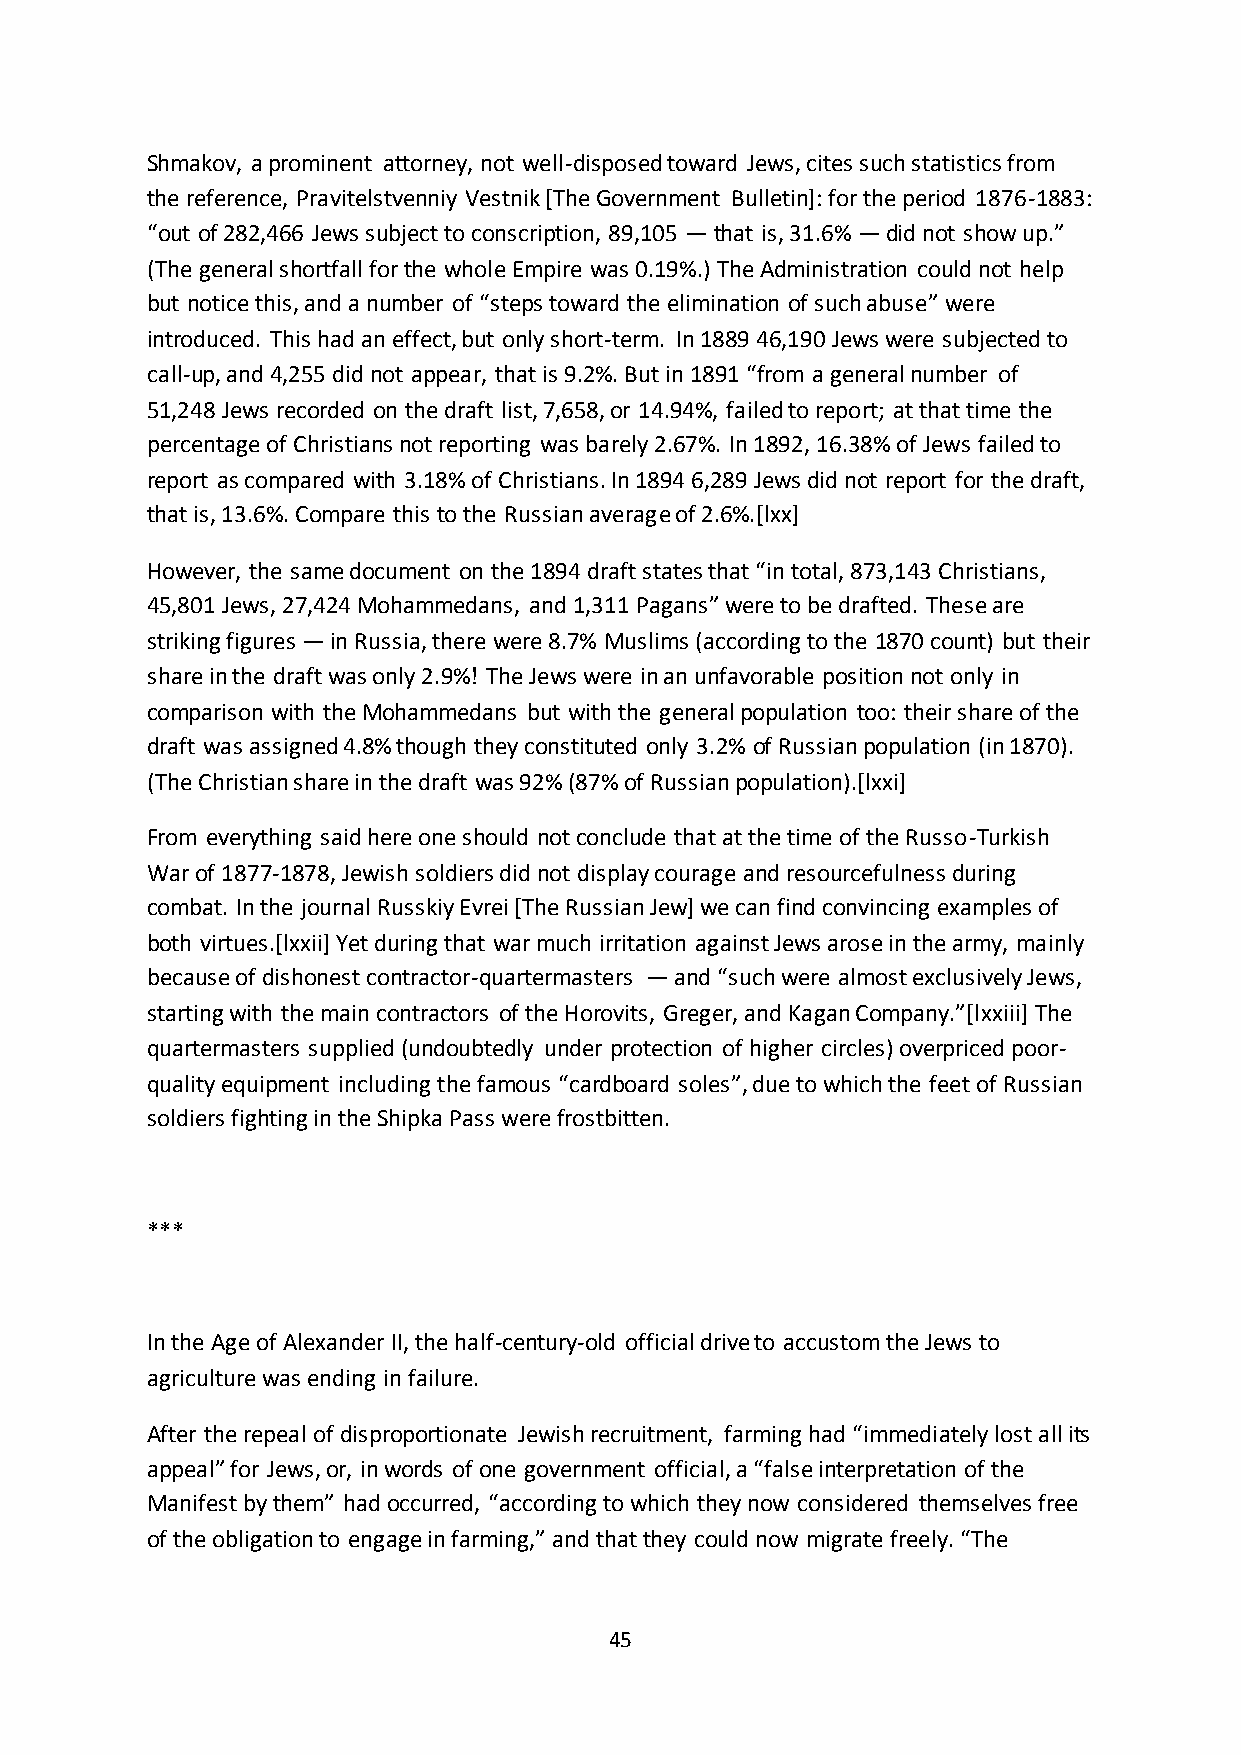
Shmakov, a prominent attorney, not well-disposed toward Jews, cites such statistics from
 the reference, Pravitelstvenniy Vestnik [The Government Bulletin]: for the period 1876-1883:
 “out of 282,466 Jews subject to conscription, 89,105 — that is, 31.6% — did not show up.”
 (The general shortfall for the whole Empire was 0.19%.) The Administration could not help
 but notice this, and a number of “steps toward the elimination of such abuse” were
 introduced. This had an effect, but only short-term. In 1889 46,190 Jews were subjected to
 call-up, and 4,255 did not appear, that is 9.2%. But in 1891 “from a general number of
 51,248 Jews recorded on the draft list, 7,658, or 14.94%, failed to report; at that time the
 percentage of Christians not reporting was barely 2.67%. In 1892, 16.38% of Jews failed to
 report as compared with 3.18% of Christians. In 1894 6,289 Jews did not report for the draft,
 that is, 13.6%. Compare this to the Russian average of 2.6%.[lxx]
 However, the same document on the 1894 draft states that “in total, 873,143 Christians,
 45,801 Jews, 27,424 Mohammedans, and 1,311 Pagans” were to be drafted. These are
 striking figures — in Russia, there were 8.7% Muslims (according to the 1870 count) but their
 share in the draft was only 2.9%! The Jews were in an unfavorable position not only in
 comparison with the Mohammedans but with the general population too: their share of the
 draft was assigned 4.8% though they constituted only 3.2% of Russian population (in 1870).
 (The Christian share in the draft was 92% (87% of Russian population).[lxxi]
 From everything said here one should not conclude that at the time of the Russo-Turkish
 War of 1877-1878, Jewish soldiers did not display courage and resourcefulness during
 combat. In the journal Russkiy Evrei [The Russian Jew] we can find convincing examples of
 both virtues.[lxxii] Yet during that war much irritation against Jews arose in the army, mainly
 because of dishonest contractor-quartermasters — and “such were almost exclusively Jews,
 starting with the main contractors of the Horovits, Greger, and Kagan Company.”*lxxiii+ The
 quartermasters supplied (undoubtedly under protection of higher circles) overpriced poor-
 quality equipment including the famous “cardboard soles”, due to which the feet of Russian
 soldiers fighting in the Shipka Pass were frostbitten.
 ***
 In the Age of Alexander II, the half-century-old official drive to accustom the Jews to
 agriculture was ending in failure.
 After the repeal of disproportionate Jewish recruitment, farming had “immediately lost all its
 appeal” for Jews, or, in words of one government official, a “false interpretation of the
 Manifest by them” had occurred, “according to which they now considered themselves free
 of the obligation to engage in farming,” and that they could now migrate freely. “The
 45